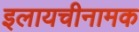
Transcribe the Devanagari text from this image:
इलायचीनामक